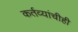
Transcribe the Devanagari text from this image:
कर्तव्यांचीही